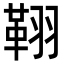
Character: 𦑜